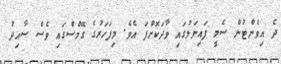
ދެ އިވެންޓުން ސެމީ ފައިނަލުގައި ވާދަކޮށްފަ އެވެ. މިފަހަރުގެ ގޭމްސްގައި ވެސް ސާއިދު